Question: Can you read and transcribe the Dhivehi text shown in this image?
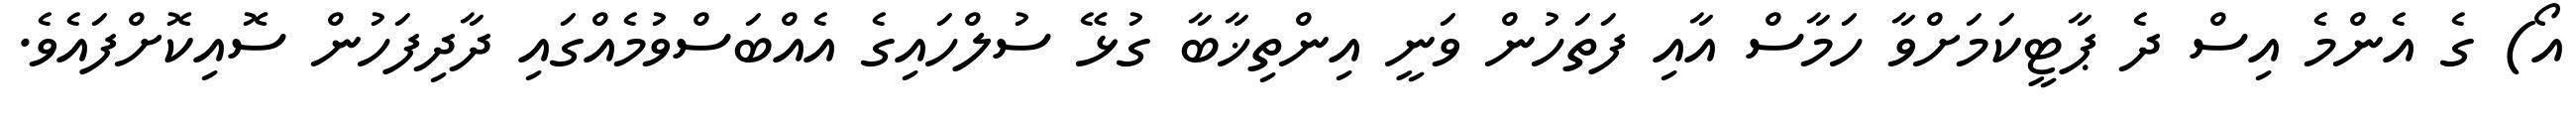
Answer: އޯ) ގެ އެންމެ އިސް ދެ ޕާޓީކަމަށްވާ ހަމާސް އާއި ފަތަހުން ވަނީ އިންތިޚާބާ ގުޅޭ ސުލްހައިގެ އެއްބަސްވުމެއްގައި ދާދިފަހުން ސޮއިކޮށްފައެވެ.